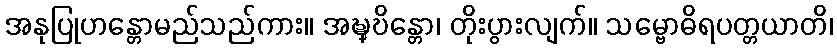
အနုပြုဟန္တောမည်သည်ကား။ အဎ္ဍ္ဎိန္တော၊ တိုးပွားလျက်။ သမ္ဗောဓိရပတ္တယာတိ၊